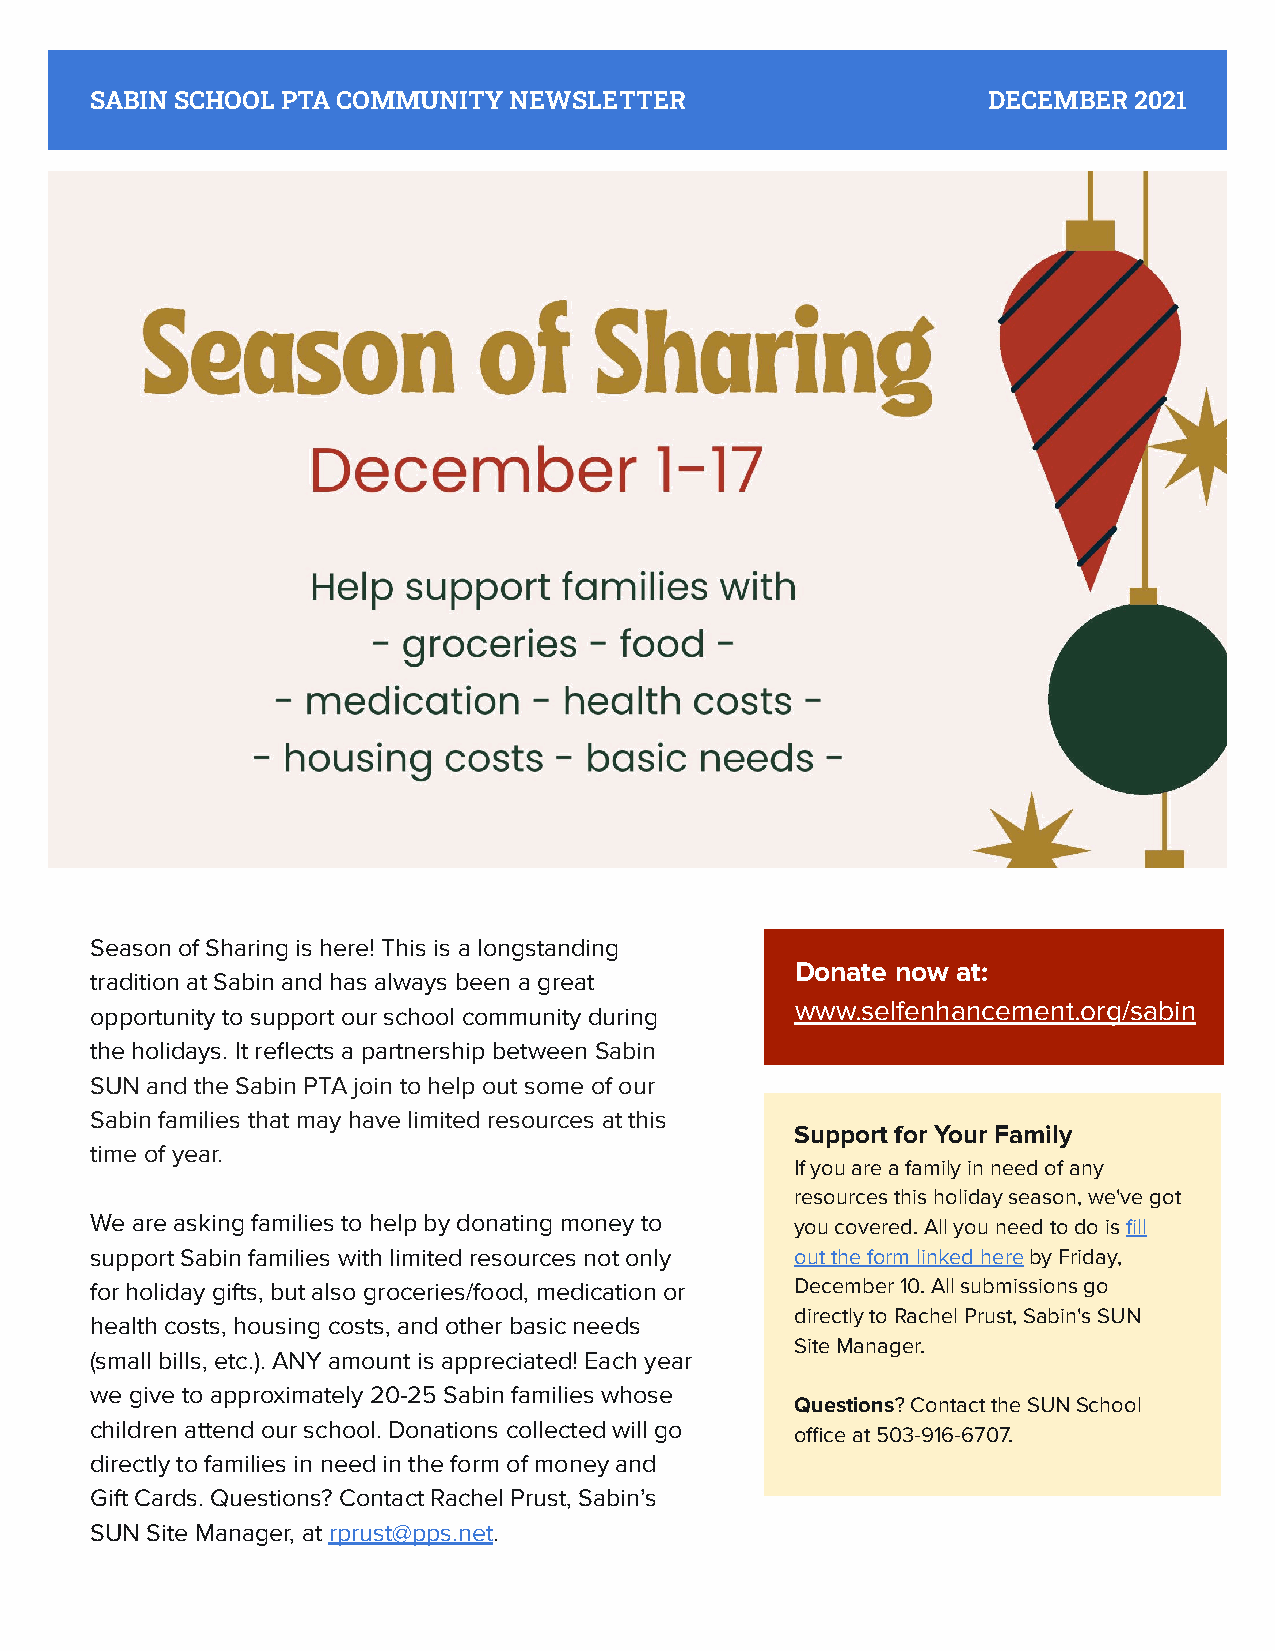
SABIN SCHOOL PTA COMMUNITY  NEWSLETTER                     DECEMBER  2021
 Season of Sharing is here! This is a longstanding
 Donate now at:
 tradition at Sabin and has always been a great
 www.selfenhancement.org/sabin
 opportunity to support our school community during
 the holidays. It reflects a partnership between Sabin
 SUN and the Sabin PTA join to help out some of our
 Sabin families that may have limited resources at this
 Support for Your Family
 time of year.
 If you are a family in need of any
 There are still some beanie’s left!                  resources this holiday season, we've got
 We are asking families to help by donating money to you covered. All you need to do is fill
 support Sabin families with limited resources not only out the form linked here by Friday,
 We have a couple dozen beanies left for youth and adult heads (one size).
 Suggested price is $18 to support the Sabin PTA. You can Venmo for holiday gifts, but also groceries/food, medication or December 10. All submissions go
 directly to Rachel Prust, Sabin's SUN
 @jenny-duvander or donate here via paypal. health costs, housing costs, and other basic needs
 Site Manager.
 (small bills, etc.). ANY amount is appreciated! Each year
 We want everyone to have access to these, so don’t hesitate to email we give to approximately 20-25 Sabin families whose
 Questions? Contact the SUN School
 sabinptapresident@gmail.com or call/visit Ms. Lori in the office to get yours.
 children attend our school. Donations collected will go
 office at 503-916-6707.
 directly to families in need in the form of money and
 Hoodies, shirts, what else? If you have requests, ideas or leads to get more
 Gift Cards. Questions? Contact Rachel Prust, Sabin’s
 Sabin gear, please let us know! We are ready to order more gear.
 SUN Site Manager, at rprust@pps.net.